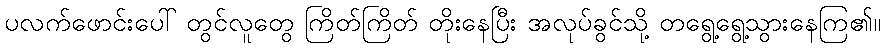
ပလက်ဖောင်းပေါ် တွင်လူတွေ ကြိတ်ကြိတ် တိုးနေပြီး အလုပ်ခွင်သို့ တရွေ့ရွေ့သွားနေကြ၏။